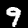
Digit: 9